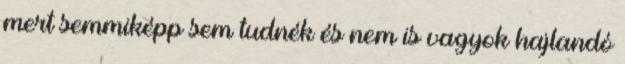
mert semmiképp sem tudnék és nem is vagyok hajlandó